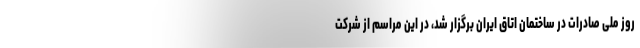
روز ملی صادرات در ساختمان اتاق ایران برگزار شد، در این مراسم از شرکت